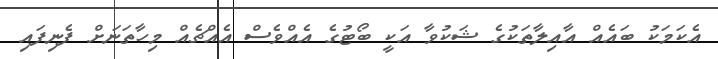
އެކަމަކު ބައެއް އާއިލާތަކުގެ ޝަކުވާ އަކީ ބޯޓުގެ އެއްވެސް އެއްޗެއް މިހާތަނަށް ފެނިފައި